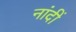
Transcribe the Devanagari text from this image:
नांदीं